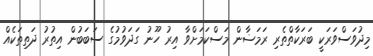
މިދުވަސްވަރަކީ ބަރަކާތްތެރި ރަމަޟާން މަސްކަމަށްވާ އިރު ހޫނު ގަދަވުމުގެ ސަބަބުން އިތުރު ދަތިތަކެއް